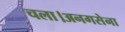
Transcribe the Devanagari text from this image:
चला।अनगसेना